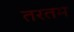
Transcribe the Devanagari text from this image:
तरतम